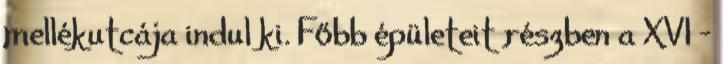
mellékutcája indul ki. Főbb épületeit részben a XVI -